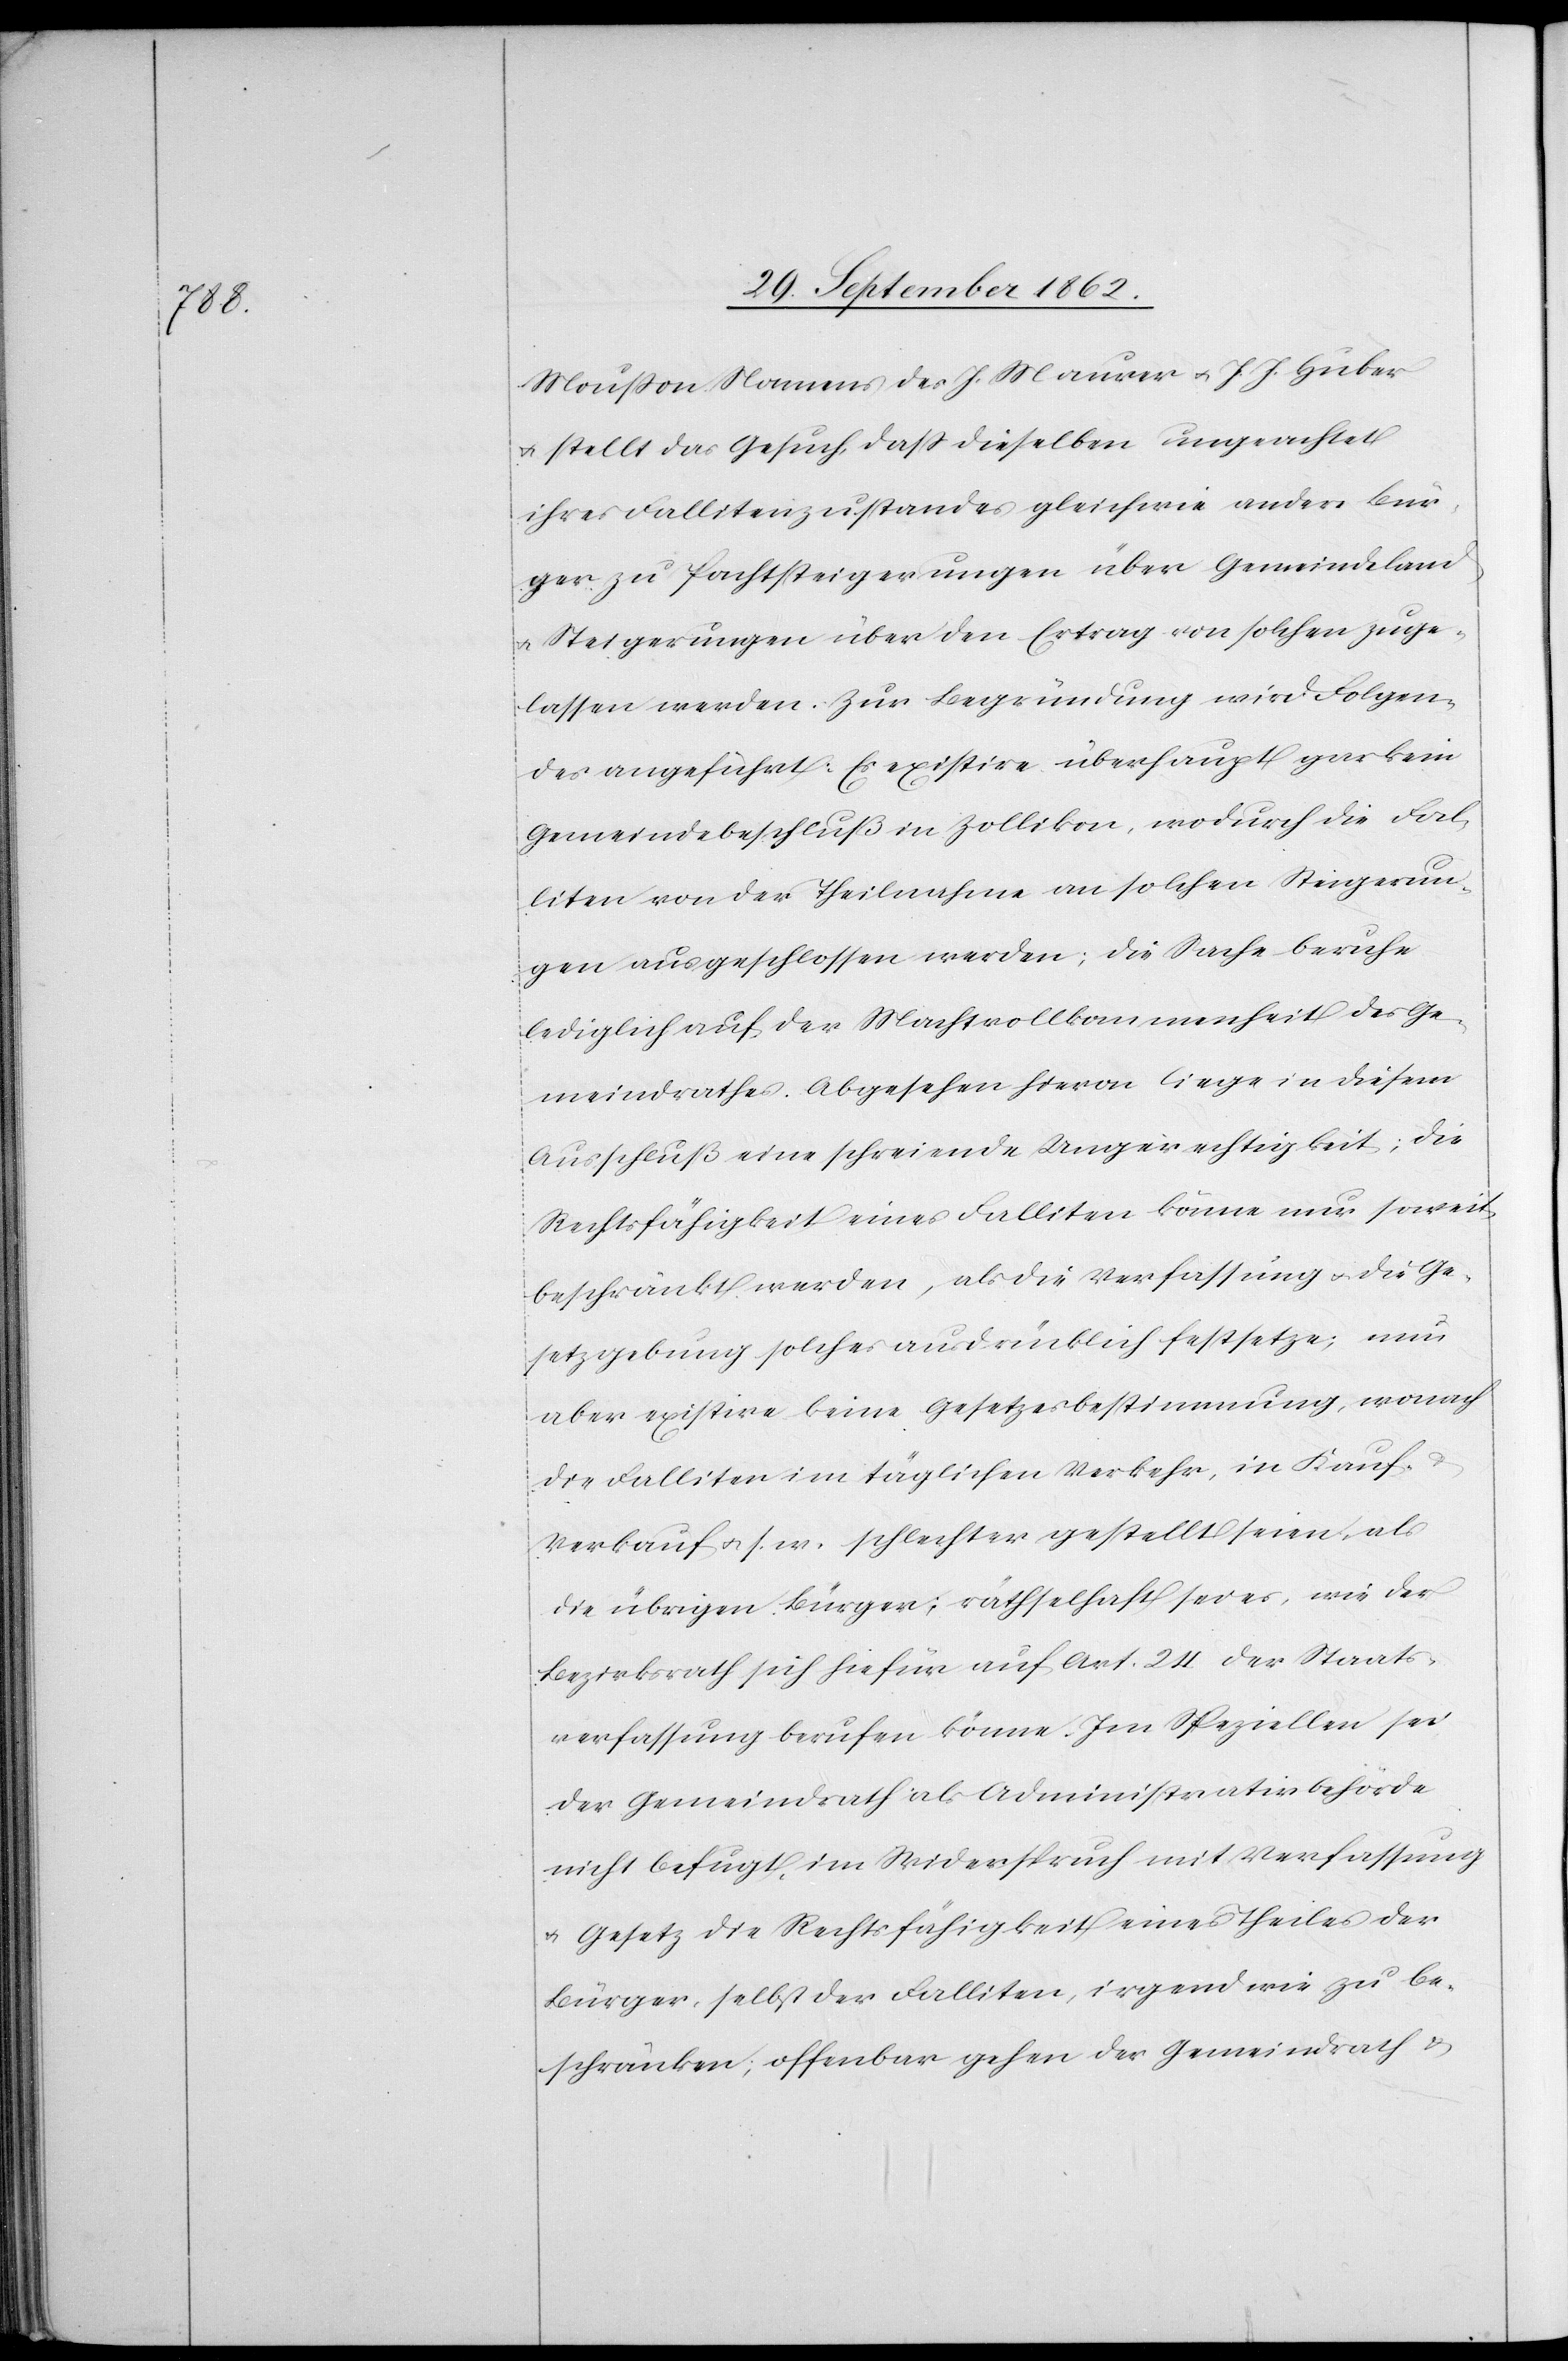
Moußon Namens des J. Maurer u. J. J. Huber
u. stellt das Gesuch, daß dieselben ungeachtet
ihrer Fallitenzustandes gleichwie andere Bür¬
ger zu Pachtsteigerungen über Gemeindeland
u. Steigerungen über den Ertrag von solchen zuge¬
lassen werden. Zur Begründung wird Folgen¬
des angeführt: Es existire überhaupt gar kein
Gemeindebschluß in Zollikon, wodurch die Fal¬
liten von der Theilnahme an solchen Steigerun¬
gen ausgeschlossen werden; die Sache beruhe
lediglich auf der Machtvollkommenheit des Ge¬
meindrathes. Abgesehen hievon liege in diesem
Ausschluß eine schreiende Ungerechtigkeit; die
Rechtsfähigkeit eines Falliten könne nur soweit
beschränkt werden, als die Verfassung u. die Ge¬
setzgebung solches ausdrücklich festsetze; nun
aber existire keine Gesetzesbestimmung, wonach
die Falliten im täglichen Verkehr, in Kauf-
Verkauf u. s. w. schlechter gestellt seien, als
die übrigen Bürger; räthselhaft sei es, wie der
Bezirksrath sich hiefür auf Art. 4 der Staats¬
verfassung berufen könne. Im Speziellen sei
der Gemeindrath als Administrativbehörde
nicht befugt, im Widerspruch mit Verfassung
u. Gesetz die Rechtsfähigkeit eines Theiles der
Bürger, selbst der Falliten, irgendwie zu be¬
schränken; offenbar gehen der Gemeindrath u.